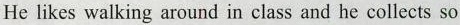
He likes walking around in class and he collects so